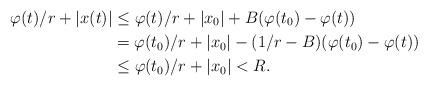
LaTeX: \begin{align*} \varphi(t)/r+|x(t)| &\leq \varphi(t)/r+|x_0|+ B(\varphi(t_0)-\varphi(t)) \\ &= \varphi(t_0)/r+|x_0|-(1/r-B)(\varphi(t_0)-\varphi(t)) \\ &\leq \varphi(t_0)/r+|x_0| <R.\end{align*}